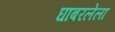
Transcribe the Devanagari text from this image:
घाबरलेला